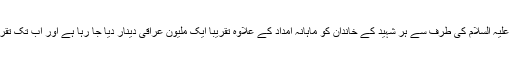
علامہ خفاجی نے بتایا ہے کہ روضہ مبارک حضرت عباس علیہ السلام کی طرف سے ہر شہید کے خاندان کو ماہانہ امداد کے علاوہ تقریبا ایک ملیون عراقی دینار دیا جا رہا ہے اور اب تک تقریبا (2074) شھداء کے خاندانوں کو امداد فراہم کی گئی ہے۔